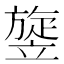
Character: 𥪱